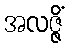
အလဇ္ဇိံ